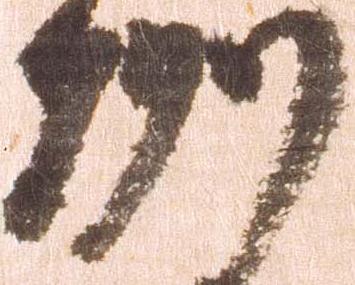
州